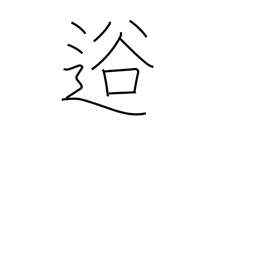
Meaning: valley